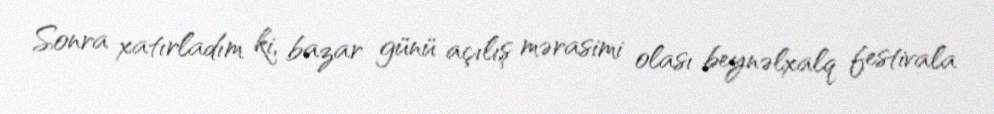
Sonra xatırladım ki, bazar günü açılış mərasimi olası beynəlxalq festivala